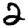
Digit: 2